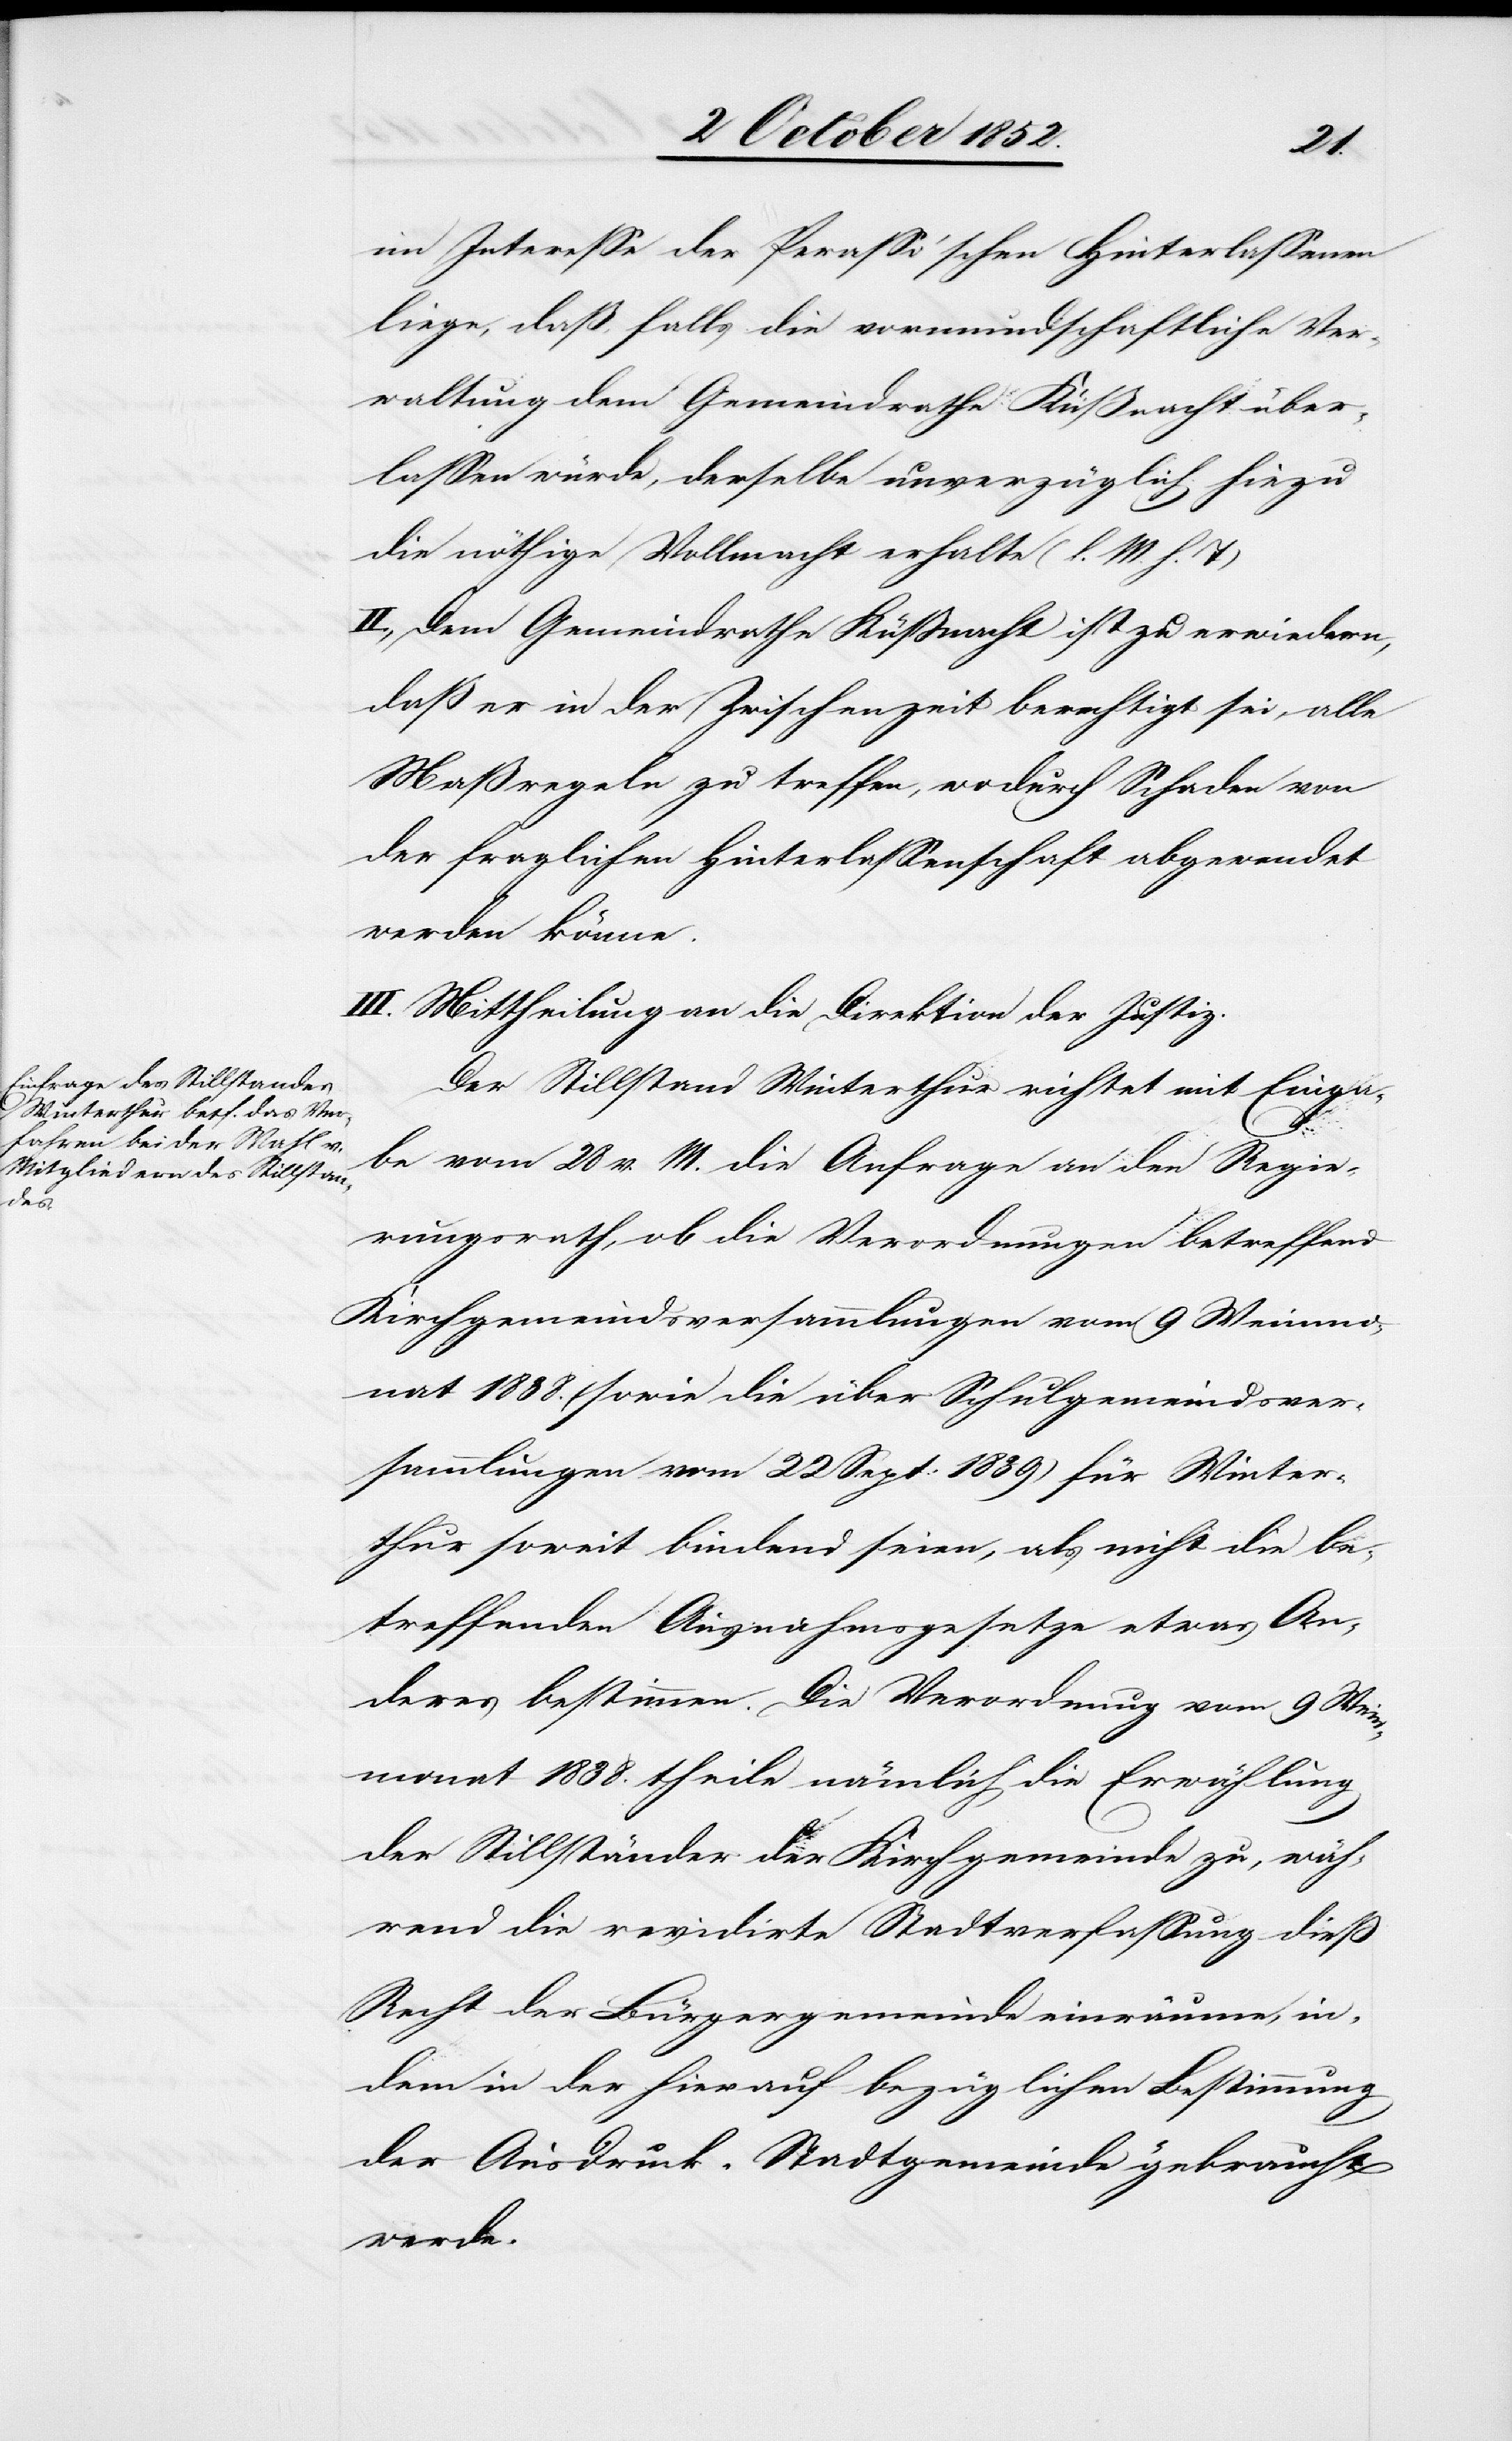
im Interesse der Perasso’schen Hinterlassenen
liege, daß, falls die vormundschaftliche Ver¬
waltung dem Gemeindrathe Küßnacht über¬
lassen würde, derselbe unverzüglich hiezu
die nöthige Vollmacht erhalte (l. M. h. T)
II., Dem Gemeindrathe Küßnacht ist zu erwiedern,
daß er in der Zwischenzeit berechtigt sei, alle
Maßregeln zu treffen, wodurch Schaden von
der fraglichen Hinterlassenschaft abgewendet
werden könne.
III. Mittheilung an die Direktion der Justiz.
Der Stillstand Winterthur richtet mit Einga¬
be vom 28 v. M. die Anfrage an den Regie¬
rungsrath, ob die Verordnungen betreffend
Kirchgemeindsversammlungen vom 9 Weinmo¬
nat 1838. (sowie die über Schulgemeindsver¬
sammlungen vom 22 Sept: 1839) für Winter¬
thur soweit bindend seien, als nicht die be¬
treffenden Ausnahmsgesetze etwas An¬
deres bestimmen. Die Verordnung vom 9 Wein¬
monat 1838. theile nämlich die Erwählung
der Stillständer der Kirchgemeinde zu, wäh¬
rend die revidirte Stadtverfassung dieß
Recht der Bürgergemeinde einräume, in¬
dem in der hierauf bezüglichen Bestimmung
der Ausdruck „Stadtgemeinde“ gebraucht
werde.